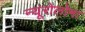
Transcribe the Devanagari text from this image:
न्यूरोलोमा